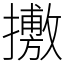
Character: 㩤